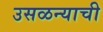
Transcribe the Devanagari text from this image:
उसळन्याची